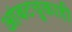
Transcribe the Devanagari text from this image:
आंबटचुकाही